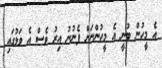
އެ މީހުން ބުނީ އެ މީހުންނަށް ފެނުނު އިރު ވެސް އެ ވަޅުގައި